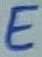
Text: E